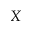
X